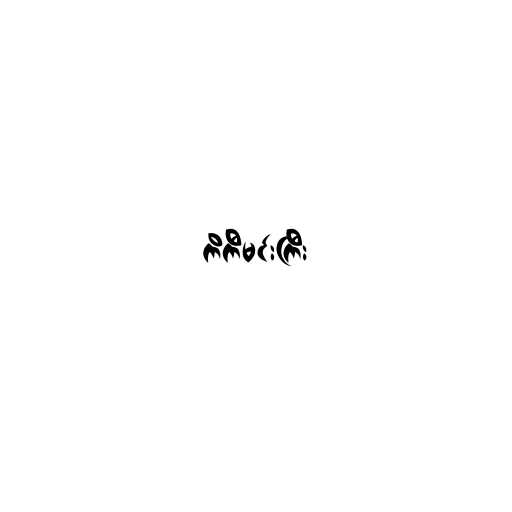
ကိကီမင်းကြီး